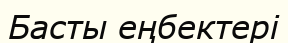
Басты еңбектері